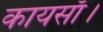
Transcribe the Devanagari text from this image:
कायसाँ।